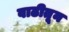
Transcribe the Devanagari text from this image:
वाढीतून